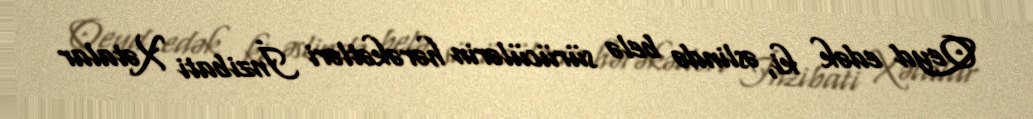
Qeyd edək ki, əslində belə sürücülərin hərəkətləri İnzibati Xətalar